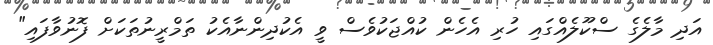
އަދި މާލެގެ ސްކޫލެއްގައި ހުރި އެހެން ކުއްޖަކުވެސް ވީ އެކުދިންނާއެކު ތަމްރީނުތަކަށް ފޮނުވާފައި"